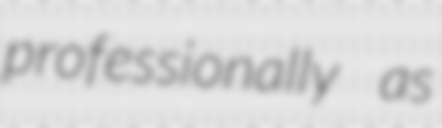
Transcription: professionally as